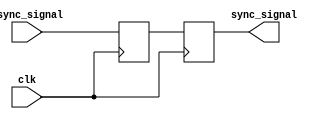
module dual_ff_synchronizer (
    input wire clk,          // Receiving clock (slower clock domain)
    input wire async_signal, // Asynchronous input signal from the faster clock domain
    output reg sync_signal   // Synchronized output signal
);

// Internal signals for the first flip-flop
reg ff1_out; // Output of the first flip-flop

// First Flip-Flop: Capture the asynchronous signal
always @(posedge clk) begin
    ff1_out <= async_signal; // Capture the async signal
end

// Second Flip-Flop: Further synchronize the output
always @(posedge clk) begin
    sync_signal <= ff1_out; // Output of the first flip-flop to the second flip-flop
end

endmodule